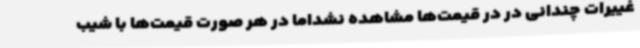
غییرات چندانی در در قیمت‌ها مشاهده نشداما در هر صورت قیمت‌ها با شیب